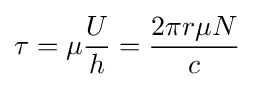
\tau =\mu {\frac {U}{h}}={\frac {2\pi r\mu N}{c}}